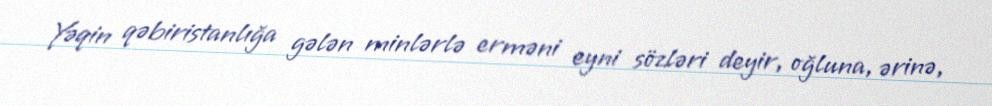
Yəqin qəbiristanlığa gələn minlərlə erməni eyni sözləri deyir, oğluna, ərinə,